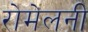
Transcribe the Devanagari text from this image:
रोमेलनी